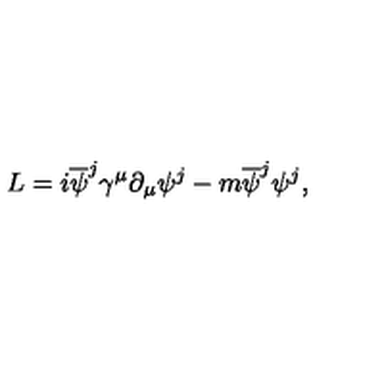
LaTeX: L = i \overline { { \psi } } ^ { j } { \gamma } ^ { \mu } \partial _ { \mu } { \psi } ^ { j } - m \overline { { \psi } } ^ { j } { \psi } ^ { j } ,